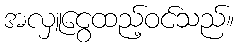
အလှူငွေထည့်ဝင်သည်။